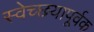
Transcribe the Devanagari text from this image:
स्वेच्छयापूर्वक